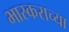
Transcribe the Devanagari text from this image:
भास्कराच्या